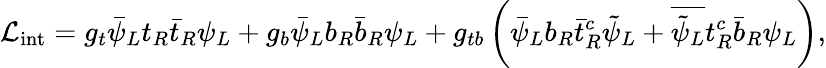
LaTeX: {\cal L}_{\mathrm{int}}=g_{t}\bar{\psi}_{L}t_{R}\bar{t}_{R}\psi_{L}+g_{b}\bar{\psi}_{L}b_{R}\bar{b}_{R}\psi_{L}+g_{tb}\left(\bar{\psi}_{L}b_{R}\bar{t}_{R}^{c}\tilde{\psi}_{L}+\overline{{{\tilde{\psi}_{L}}}}t_{R}^{c}\bar{b}_{R}\psi_{L}\right),